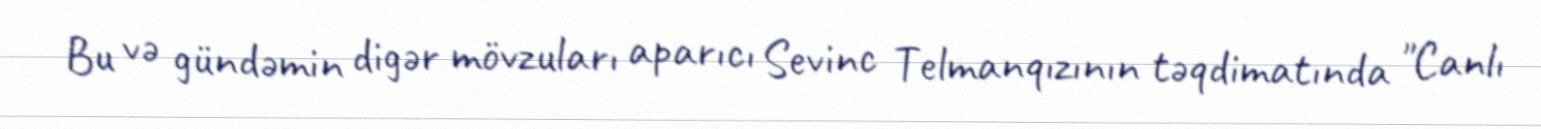
Bu və gündəmin digər mövzuları aparıcı Sevinc Telmanqızının təqdimatında "Canlı